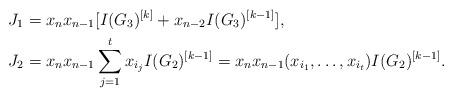
LaTeX: \begin{align*}J_1&=x_{n}x_{n-1}[I(G_3)^{[k]}+x_{n-2}I(G_3)^{[k-1]}],\\J_2&=x_{n}x_{n-1}\sum_{j=1}^tx_{i_j}I(G_2)^{[k-1]}=x_{n}x_{n-1}(x_{i_1},\dots,x_{i_t})I(G_2)^{[k-1]}.\end{align*}